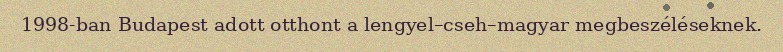
1998-ban Budapest adott otthont a lengyel–cseh–magyar megbeszéléseknek.